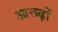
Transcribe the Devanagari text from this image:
आरूढ़ों